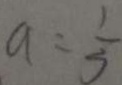
a = \frac { 1 } { 3 }